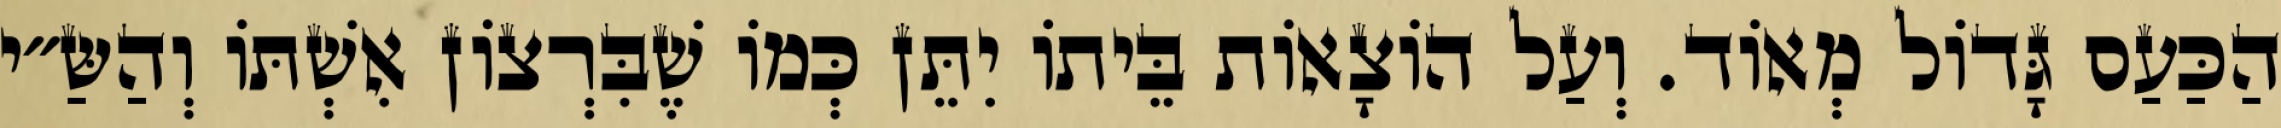
הַכַּעַס גָּדוֹל מְאוֹד. וְעַל הוֹצָאוֹת בֵּיתוֹ יִתֵּן כְּמוֹ שֶׁבִּרְצוֹן אִשְׁתּוֹ וְהַשַּ״י